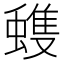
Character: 𮔺